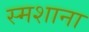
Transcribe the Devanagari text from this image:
स्मशाना